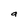
Character: a